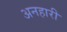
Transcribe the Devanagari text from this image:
अनहारी